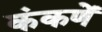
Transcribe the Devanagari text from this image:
कंकणें